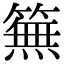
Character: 䉑